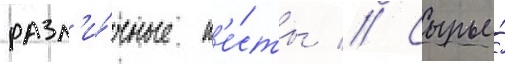
разл'и́чные т'е́сты // Сырье́